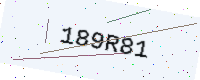
Text: 189R81